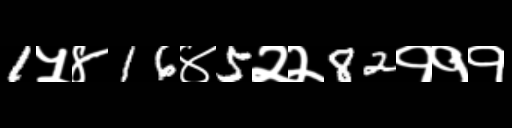
Text: 1५४16४5२२82१११